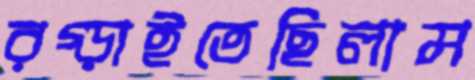
রগ্‌ড়াইতেছিলাম